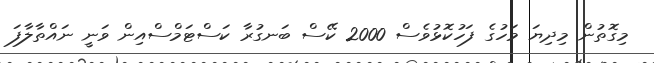
މިގޮތުން މިދިޔަ މަހުގެ ފަހުކޮޅުވެސް 2000 ކޭސް ބަނގުރާ ކަސްޓަމްސްއިން ވަނީ ނައްތާލާފަ